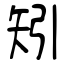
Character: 矧